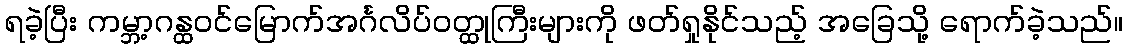
ရခဲ့ပြီး ကမ္ဘာ့ဂန္ထဝင်မြောက်အင်္ဂလိပ်ဝတ္ထုကြီးများကို ဖတ်ရှုနိုင်သည့် အခြေသို့ ရောက်ခဲ့သည်။